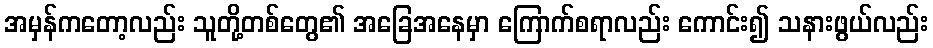
အမှန်ကတော့လည်း သူတို့တစ်တွေ၏ အခြေအနေမှာ ကြောက်စရာလည်း ကောင်း၍ သနားဖွယ်လည်း